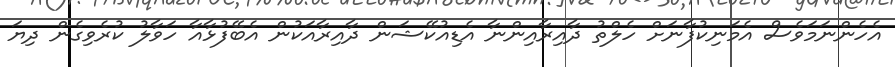
އެހެންނަމަވެސް އެމަނިކުފާނަށް ހެލްތު ދާއިރާއިންނާ އެޑިއުކޭޝަން ދާއިރާއަކުން އެބޭފުޅާއާ ހަވާލު ކުރެވިގެން ދިޔަ